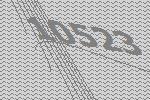
10523